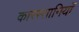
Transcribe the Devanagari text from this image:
कारस्तानियाॅ